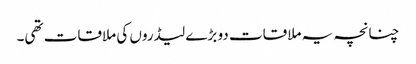
چنانچہ یہ ملاقات دو بڑے لیڈروں کی ملاقات تھی۔